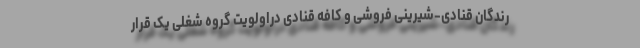
رندگان قنادی-شیرینی فروشی و کافه قنادی دراولویت گروه شغلی یک قرار